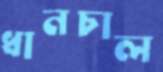
ধানচাল